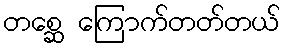
တစ္ဆေ ကြောက်တတ်တယ်